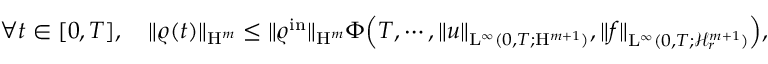
\forall t \in [ 0 , T ] , \ \ \ \Vert \varrho ( t ) \Vert _ { \mathrm { H } ^ { m } } \leq \Vert \varrho ^ { \mathrm { i n } } \Vert _ { \mathrm { H } ^ { m } } \Phi \Big ( T , \cdots , \Vert u \Vert _ { \mathrm { L } ^ { \infty } ( 0 , T ; \mathrm { H } ^ { m + 1 } ) } , \Vert f \Vert _ { \mathrm { L } ^ { \infty } ( 0 , T ; \mathcal { H } _ { r } ^ { m + 1 } ) } \Big ) ,